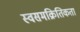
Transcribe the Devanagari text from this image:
स्वसमक्रितिकता